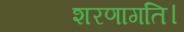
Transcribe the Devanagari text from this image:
शरणागति।